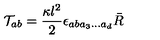
{ \cal T } _ { a b } = \frac { \kappa l ^ { 2 } } { 2 } \epsilon _ { a b a _ { 3 } \ldots a _ { d } } \bar { R }